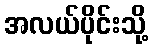
အလယ်ပိုင်းသို့